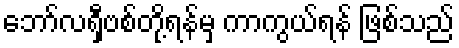
ဘော်လရှီဗစ်တို့ရန်မှ ကာကွယ်ရန် ဖြစ်သည်